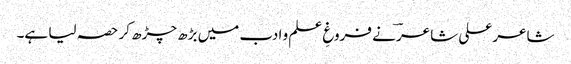
شاعر علی شاعرؔ نے فروغِ علم و ادب میں بڑھ چڑھ کر حصہ لیا ہے۔